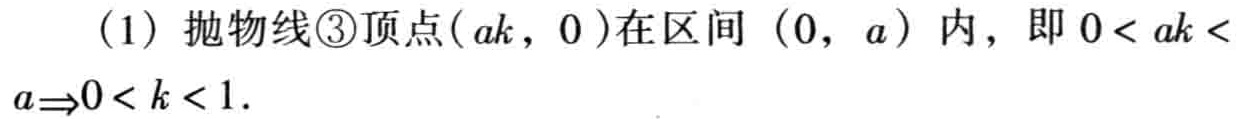
（1）抛物线\textcircled{3}顶点\((ak,0)\)在区间\((0,a)\)内，即\(0 < ak < a\Rightarrow0 < k < 1\).